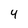
Character: 4